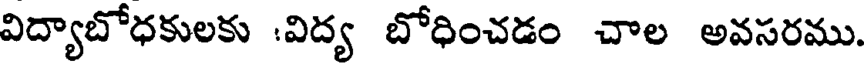
విద్యాబోధకులకు :విద్య బోధించడం చాల అవసరము.